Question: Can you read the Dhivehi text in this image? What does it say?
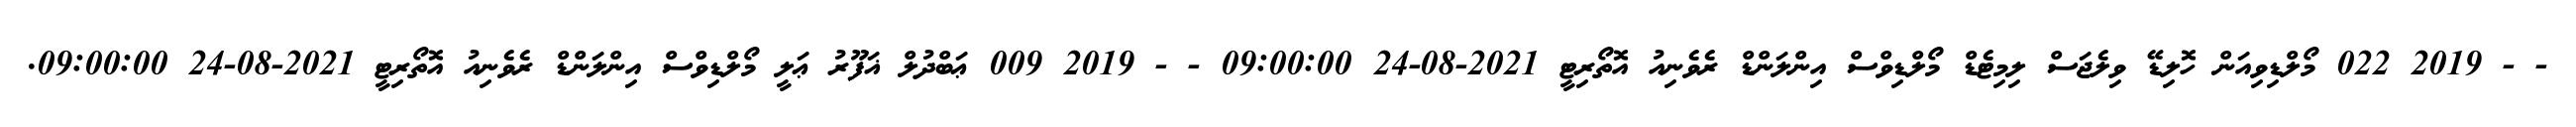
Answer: - - 2019 022 މޯލްޑިވިއަން ހޮލިޑޭ ވިލެޖަސް ލިމިޓެޑް މޯލްޑިވްސް އިންލަންޑް ރެވެނިއު އޮތޯރިޓީ 2021-08-24 09:00:00 - - 2019 009 ޢަބްދުލް ޣަފޫރު ޢަލީ މޯލްޑިވްސް އިންލަންޑް ރެވެނިއު އޮތޯރިޓީ 2021-08-24 09:00:00.